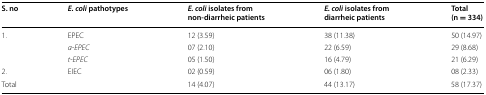
<table><thead><tr><td><b>S. no</b></td><td><b><i>E. coli</i> pathotypes</b></td><td><b><i>E. coli</i> isolates from non-diarrheic patients</b></td><td><b><i>E. coli</i> isolates from diarrheic patients</b></td><td><b>Total(n = 334)</b></td></tr></thead><tbody><tr><td rowspan="3">1.</td><td>EPEC</td><td>12 (3.59)</td><td>38 (11.38)</td><td>50 (14.97)</td></tr><tr><td><i>a</i>-<i>EPEC</i></td><td>07 (2.10)</td><td>22 (6.59)</td><td>29 (8.68)</td></tr><tr><td><i>t</i>-<i>EPEC</i></td><td>05 (1.50)</td><td>16 (4.79)</td><td>21 (6.29)</td></tr><tr><td>2.</td><td>EIEC</td><td>02 (0.59)</td><td>06 (1.80)</td><td>08 (2.33)</td></tr><tr><td colspan="2">Total</td><td>14 (4.07)</td><td>44 (13.17)</td><td>58 (17.37)</td></tr></tbody></table>